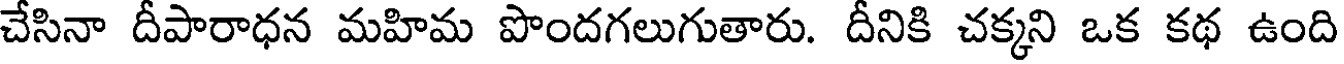
చేసినా దీపారాధన మహిమ పొందగలుగుతారు. దీనికి చక్కని ఒక కథ ఉంది